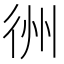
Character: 𢓟